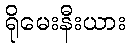
ရိုမေးနီးယား